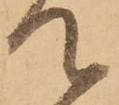
て